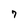
Character: 7